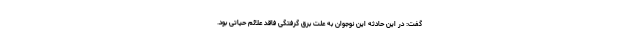
گفت: در این حادثه این نوجوان به علت برق گرفتگی فاقد علائم حیاتی بود.